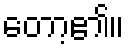
တော့၏။